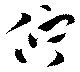
佇